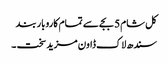
کل شام 5 بجے سے تمام کاروبار بند
سندھ لاک ڈاون مزید سخت ۔